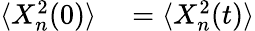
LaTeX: \begin{array}{rl}{\langle X_{n}^{2}(0)\rangle}&{{}=\langle X_{n}^{2}(t)\rangle}\end{array}